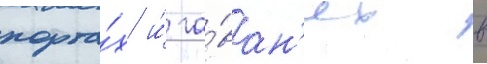
порта́х и́ га́ван'ях в